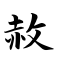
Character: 赦